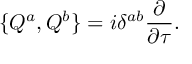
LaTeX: \{ Q ^ { a } , Q ^ { b } \} = i \delta ^ { a b } \frac { \partial } { \partial \tau } .